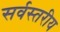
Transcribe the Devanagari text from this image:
सर्वस्तरीय